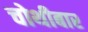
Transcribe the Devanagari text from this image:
चोथीबार